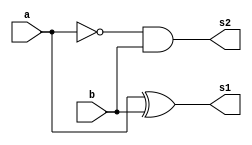
// -------------------------
// Exemplo0022 - Subtrao
// Nome: Yousef Otacilio
// -------------------------
// -------------------------
// Subtrao
// -------------------------

module sub(output s1, output s2, input a, input b );

	xor Xor1(s1,a,b);
	and And1(s2,~a,b);
	
endmodule //sub


module subvai1(output s1, output s2, input a, input b, input v);
	
	wire w1, w2, w3;

	xor Xor1(w1,a,b);
	and And1(w2,~a,b);
	and And2(w3,~w1,v);
	xor Xor2(s1,w1,v);
	or or1(s2,w3,w2);
	
endmodule //subvai1
//

module subcompleta(output [3:0]S, input [2:0]a, input [2:0]b);
	
	wire s1, s2, s3, s4, s5, s6;

	sub sub1(S[0], s2, a[0], b[0]);
	subvai1 sub2(S[1],s4,a[1],b[1],s2);
	subvai1 sub3(S[2],S[3],a[2],b[2],s4);
	
	
endmodule //subcompleta

//------------------
module testSub;

reg [2:0] a;
reg [2:0] b;
wire [3:0] s;

subcompleta teste(s,a,b);
	

initial 	begin
	

	$display ("Exemplo0021 - Yousef -441714");
	$display ("Subtrao Completa");
	
	$monitor("x = %3b  y = %3b  x+y = %4b\n",a,b,s);

	
	#1 a = 6'b000;	b = 6'b000;
	#1	a = 6'b001;	b = 6'b000;
	#1	a = 6'b001;	b = 6'b001;
	#1	a = 6'b111;	b = 6'b111;
	#1	a = 6'b111;	b = 6'b000;
	#1	a = 6'b100;	b = 6'b100;
	#1	a = 6'b001;	b = 6'b100;
	#1	a = 6'b010;	b = 6'b100;
	
	end

endmodule //testSub